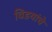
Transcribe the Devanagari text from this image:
विडयांचे